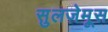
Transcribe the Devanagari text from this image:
सुलज़ेमूस